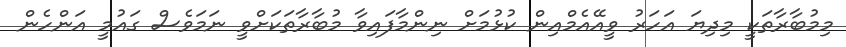
މިމުބާރާތަކީ މިދިޔަ އަހަރު ވީއޭއެމްއިން ކުޅުމަށް ނިންމާފައިވާ މުބާރާތަކަށްވީ ނަމަވެސް ގައުމީ އަންހެން